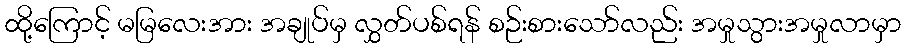
ထို့ကြောင့် မမြလေးအား အချုပ်မှ လွှတ်ပစ်ရန် စဉ်းစားသော်လည်း အမှုသွားအမှုလာမှာ